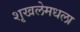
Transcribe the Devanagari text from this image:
शृखलेमधला